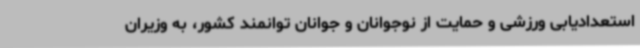
استعدادیابی ورزشی و حمایت از نوجوانان و جوانان توانمند کشور، به وزیران